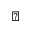
\sun